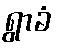
ရွာခံ